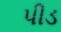
પીડ